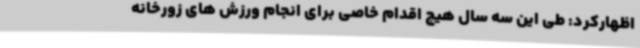
اظهارکرد: طی این سه سال هیچ اقدام خاصی برای انجام ورزش های زورخانه